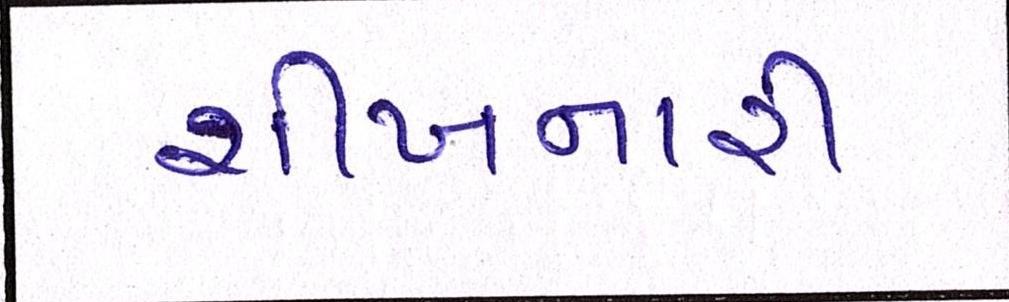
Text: શીખનારી